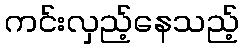
ကင်းလှည့်နေသည့်